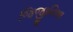
જિજીવિષા